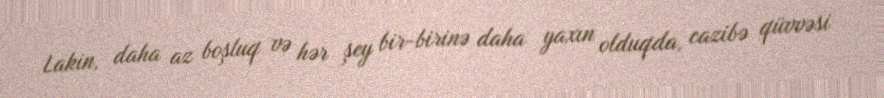
Lakin, daha az boşluq və hər şey bir-birinə daha yaxın olduqda, cazibə qüvvəsi